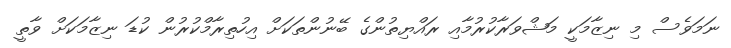
ނަމަވެސް މި ނިޒާމަކީ މަޝްވަރާކުރުމާއި ރައްޔިތުންގެ ބޭނުންތަކަށް އިހުތިރާމްކުރުން ކުޑަ ނިޒާމަކަށް ވާތީ